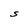
Character: S